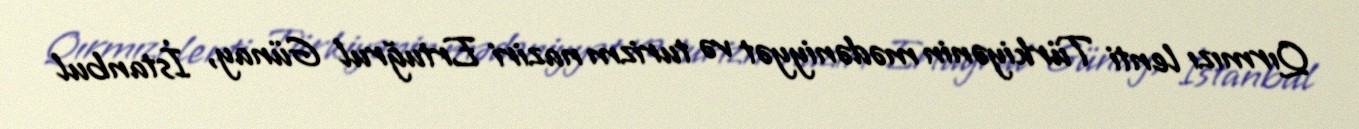
Qırmızı lenti Türkiyənin mədəniyyət və turizm naziri Ertuğrul Günay, İstanbul